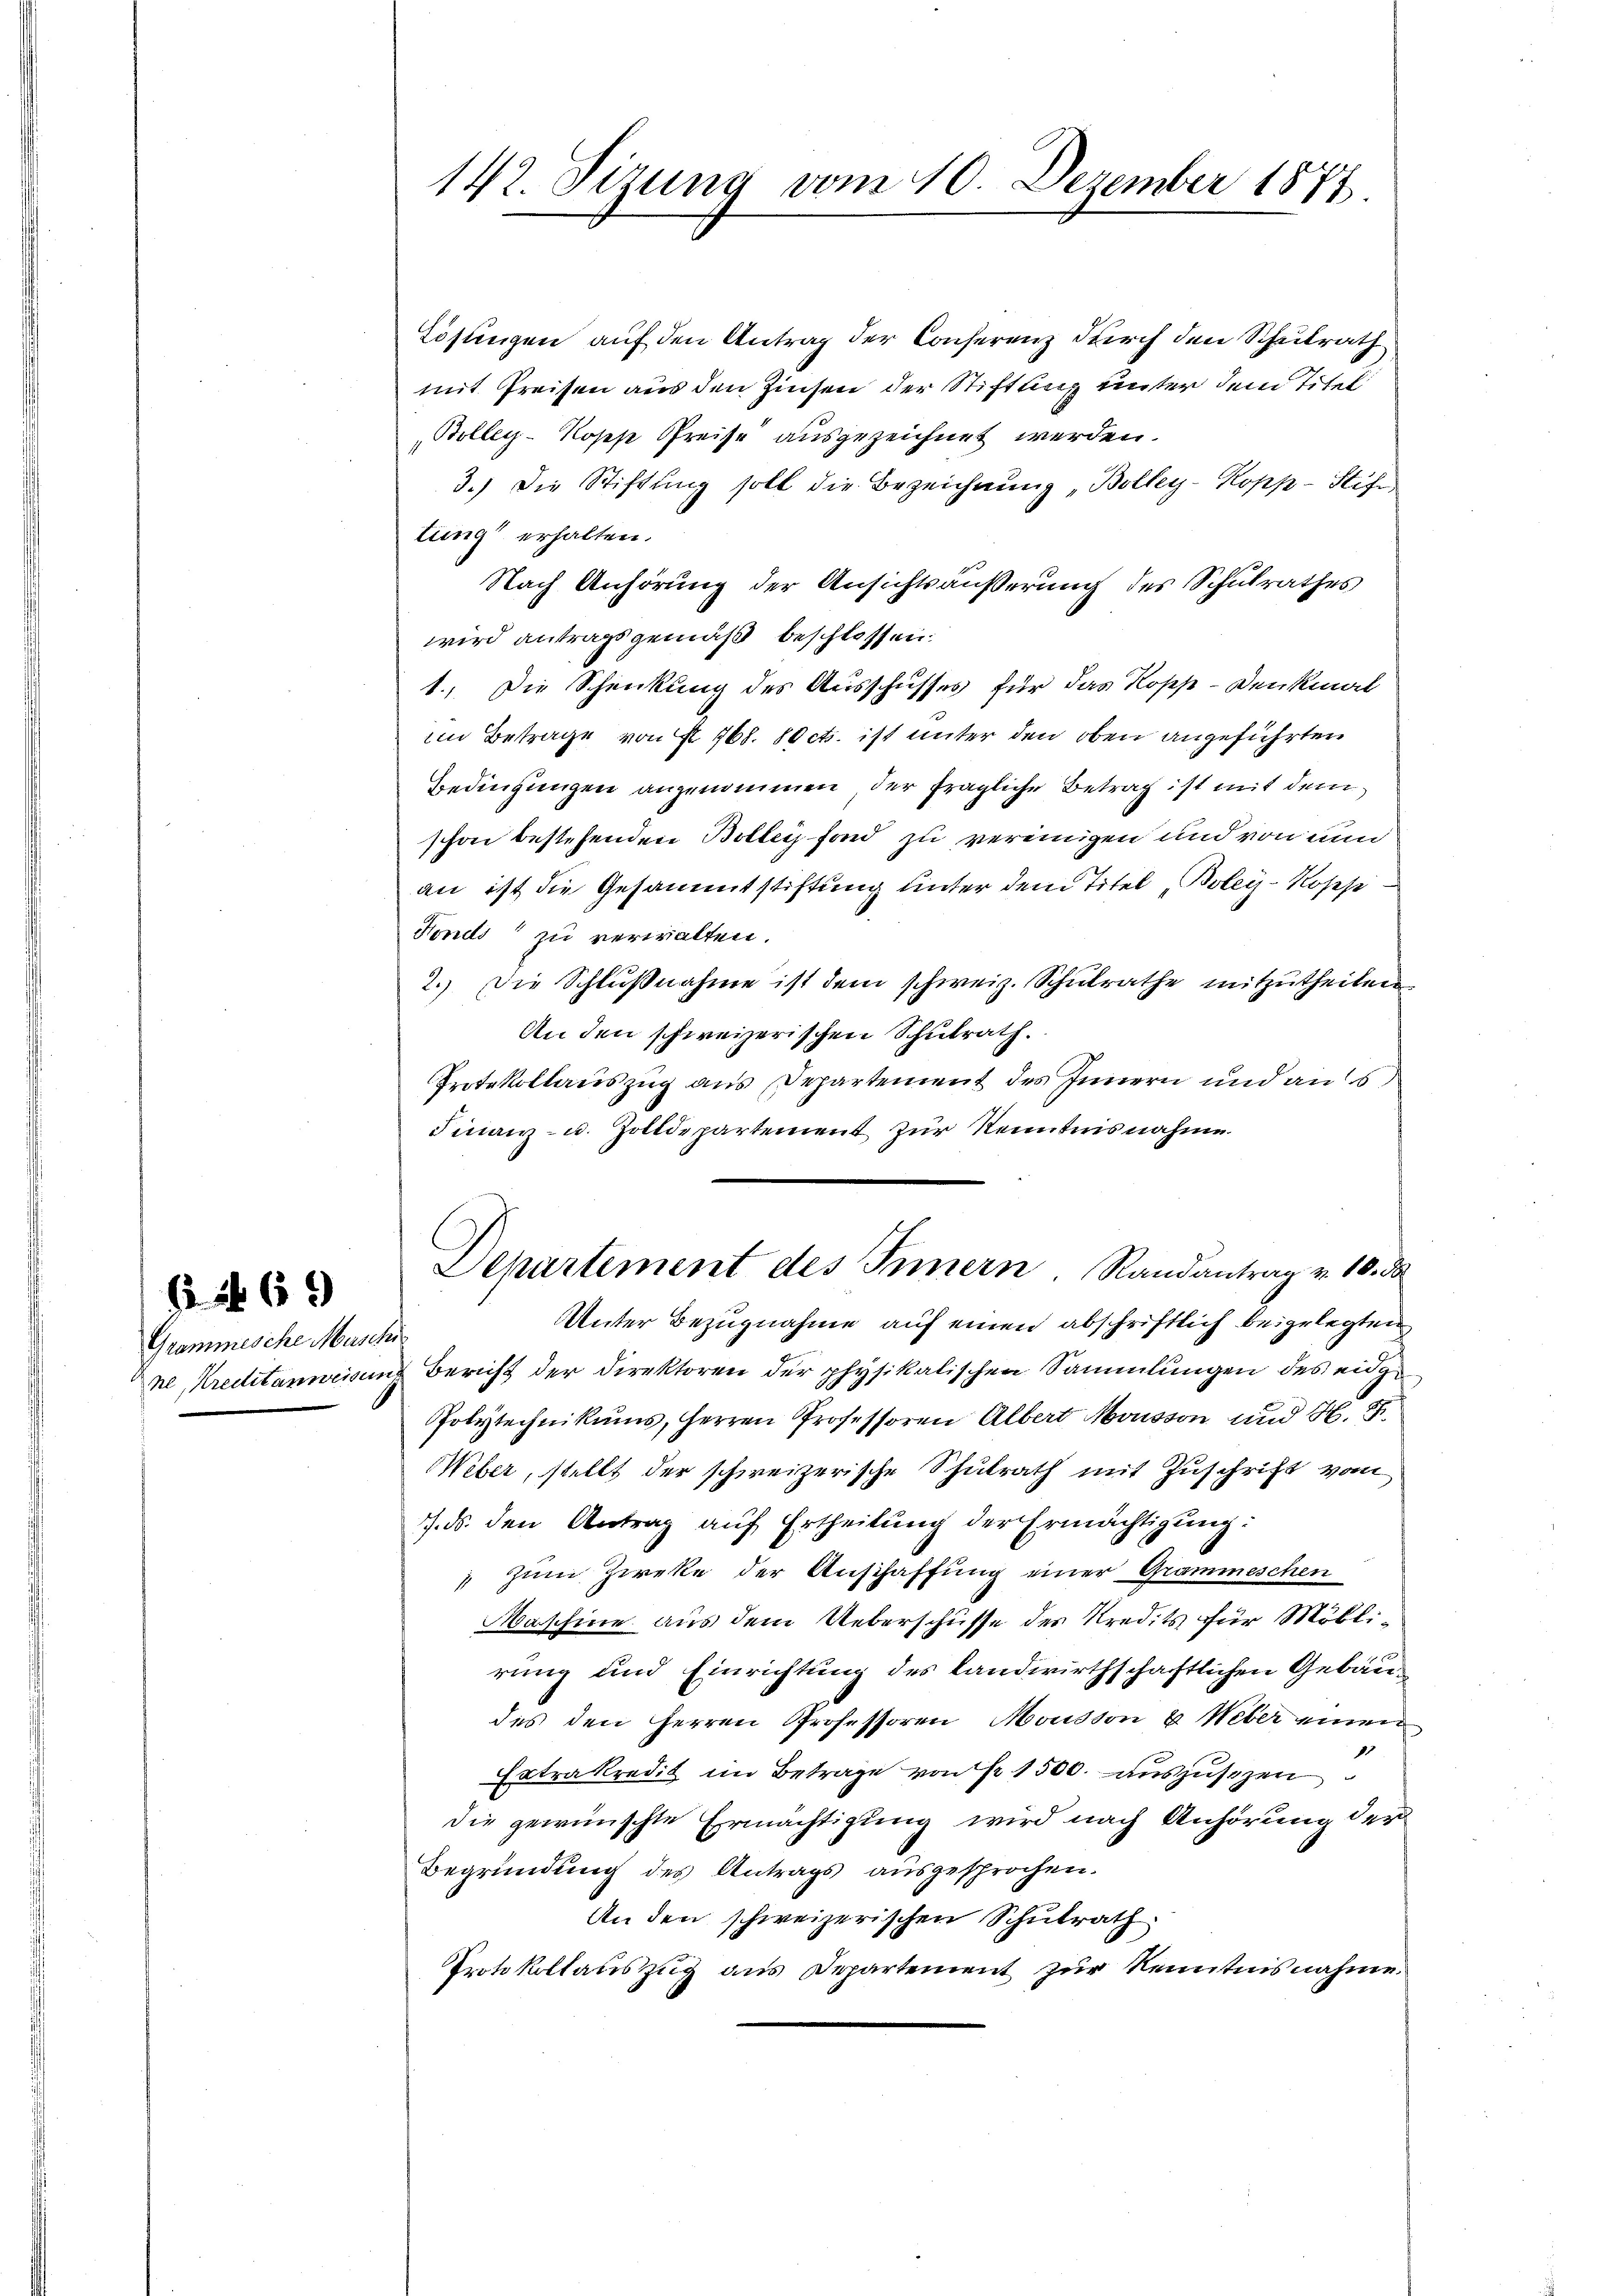
Grammesche Maschi
ne, Kreditanweisen

§ 69

142. Sizung vom 10. Dezember 1875.

Lösungen auf den Antrag der Conferenz durch den Schulrath
mit Preisen aus den Zinsen der Stiftung unter dem Titel
Bolleg-Roses Preise ausgezeichnet werden.
3.) Die Stiftung soll die Bezeichnung „Bolley-Kopp -Stift
tung erhalten.
Nach Anhörung der Ansichtsäußerung des Schulrathes
wird antragsgemäß beschlossen.
1.) Die Schenkung des Ausschusses für das Kopp -Denkmal
im Betrage von § 768. 10 cts. ist unter den oben angeführten
Bedingungen angenommen, der fragliche Betrag ist mit dem
schon bestehenden Bolle fond zu vereinigen und von nun
an ist die Gesammtstiftung unter dem Titel „Boley-Roses
Fonds zu verwalten.
2.) Die Schlußnahme ist dem schweiz. Schulrathe mitzutheilen.
An den schweizerischen Schulrath.
Protokollauszug aus Departement des Innern und aus
Finanz- u. Zolldepartement zur Kenntnisnahme
Departement des Innern. Randantrag v. 10. d
Unter Bezugnahme auf einen abschriftlich beigelegten
 Bericht der Direktoren der physikalischen Sammlungen des eige
Polytechnikums, Herren Professoren Albert Mousson und H. F
Weber, stellt der schweizerische Schulrath mit Zuschrift vom
. ds. den Antrag auf Ertheilung der Ermächtigung:
 zum Zirke der Anschaffung einer Grammeschen
Maschine aus dem Ueberschüsse des Kredits für Möblirung und Einrichtung des landwirthschaftlichen Gebäudes den Herren Professoren Mousson & Weber einen
.
Extrakredit im Betrage von Nr. 1500. auszusezen
die gewünschte Ermächtigung wird nach Anhörung der
Begründung des Antrags ausgesprochen.
An den schweizerischen Schulrath
Protokollauszug aus Departement zur Kenntnisnahme.